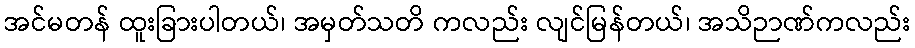
အင်မတန် ထူးခြားပါတယ်၊ အမှတ်သတိ ကလည်း လျင်မြန်တယ်၊ အသိဉာဏ်ကလည်း